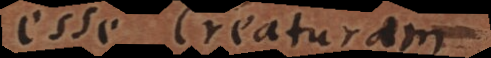
esse Creaturam,